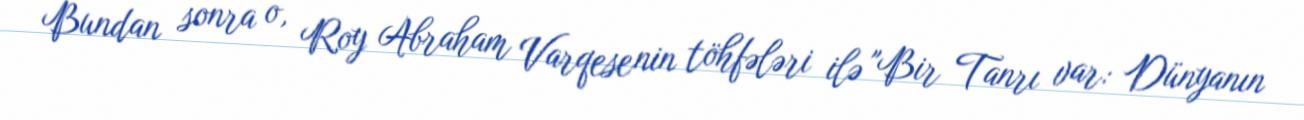
Bundan sonra o, Roy Abraham Varqesenin töhfələri ilə "Bir Tanrı var: Dünyanın